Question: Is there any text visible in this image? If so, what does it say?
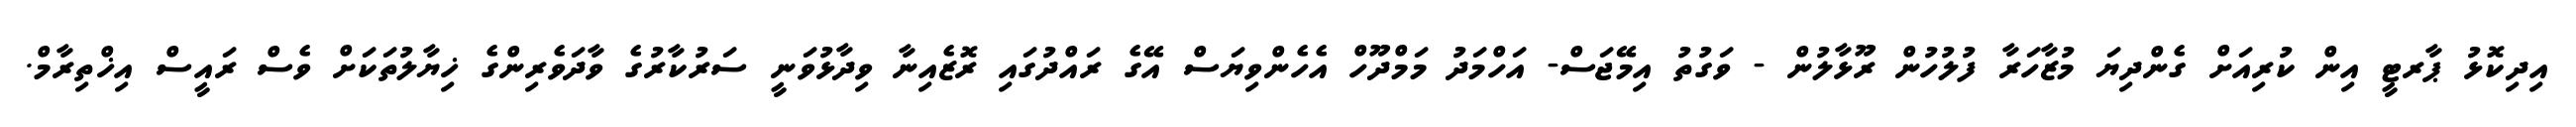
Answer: އިދިކޮޅު ޕާރޓީ އިން ކުރިއަށް ގެންދިޔަ މުޒާހަރާ ފުލުހުން ރޫޅާލުން - ވަގުތު އިމޭޖަސް- އަހްމަދު މަމްދޫހް އެހެންވިޔަސް އޭގެ ރައްދުގައި ރޮޒެއިނާ ވިދާޅުވަނީ ސަރުކާރުގެ ވާދަވެރިންގެ ޚިޔާލުތަކަށް ވެސް ރައީސް އިޚްތިރާމް.